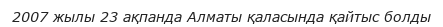
2007 жылы 23 ақпанда Алматы қаласында қайтыс болды